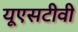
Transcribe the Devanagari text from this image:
यूएसटीवी